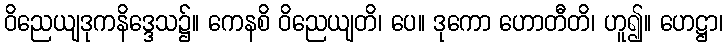
ဝိညေယျဒုကနိဒ္ဒေသ၌။ ကေနစိ ဝိညေယျတိ၊ ပေ။ ဒုကော ဟောတီတိ၊ ဟူ၍။ ဟေဋ္ဌာ၊